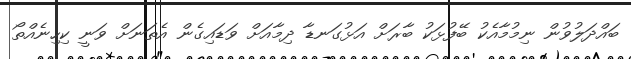
ބައްދަލުވުން ނިމުމާއެކު ބޭފުޅަކު ބާރަށް އަޅުގަނޑާ ދިމާއަށް ވަޑައިގެން އެތަނަށް ވަނީ ކިހިނެއްތޯ